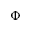
\Phi